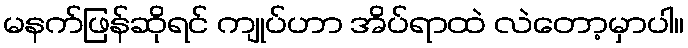
မနက်ဖြန်ဆိုရင် ကျုပ်ဟာ အိပ်ရာထဲ လဲတော့မှာပါ။